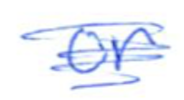
Text: or
Cross-out: scratch
Writing tool: ballpoint